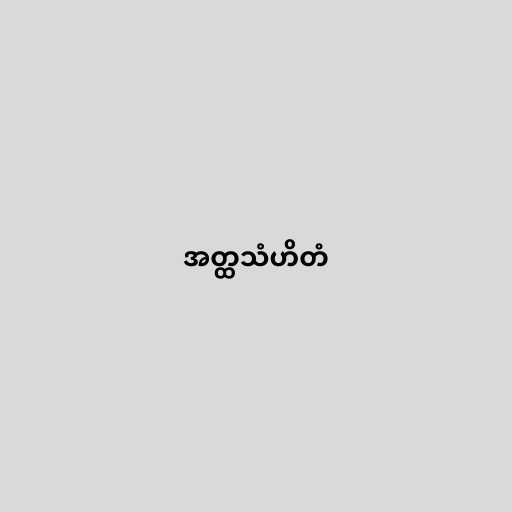
အတ္ထသံဟိတံ